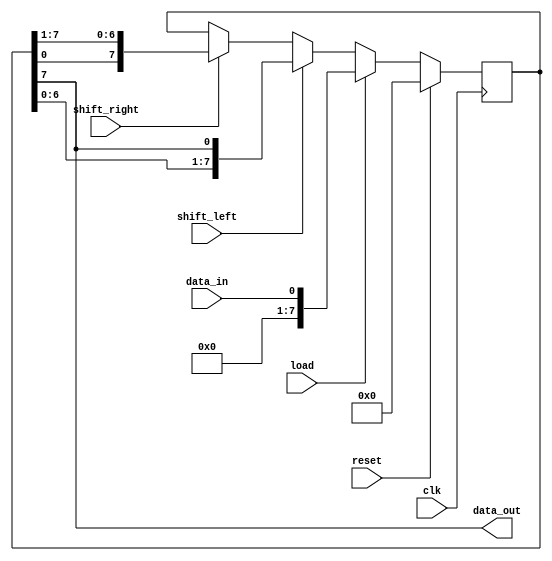
module shift_register (
  input wire clk,
  input wire reset,
  input wire load,
  input wire shift_left,
  input wire shift_right,
  input wire data_in,
  output wire data_out
);

parameter NUM_BITS = 8; // Specify the number of bits in the shift register

reg [NUM_BITS-1:0] register;

always @ (posedge clk) begin
  if (reset) begin
    register <= 0;
  end else if (load) begin
    register <= data_in;
  end else if (shift_left) begin
    register <= {register[NUM_BITS-2:0], register[NUM_BITS-1]};
  end else if (shift_right) begin
    register <= {register[0], register[NUM_BITS-1:1]};
  end
end

assign data_out = register[NUM_BITS-1];

endmodule